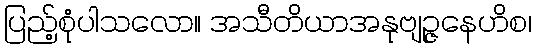
ပြည့်စုံပါသလော။ အသီတိယာအနုဗျဉ္ဇနေဟိစ၊